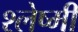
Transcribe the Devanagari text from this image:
श्लेष्मी